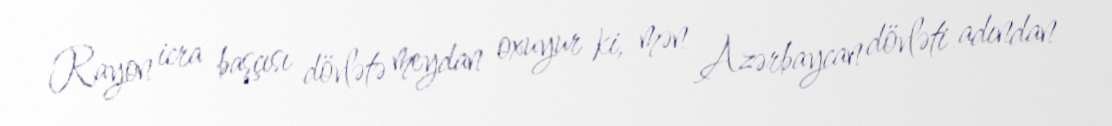
Rayon icra başçısı dövlətə meydan oxuyur ki, mən Azərbaycan dövləti adından